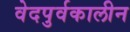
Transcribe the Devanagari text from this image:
वेदपुर्वकालीन